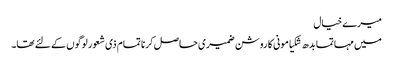
میرے خیال
میں مہاتما بدھ شکیامونی کا روشن ضمیری حاصل کرنا تمام ذی شعور لوگوں کے لئے تھا۔